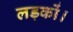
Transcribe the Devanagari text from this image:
लड़कों।